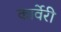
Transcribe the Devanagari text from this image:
कार्वेरी